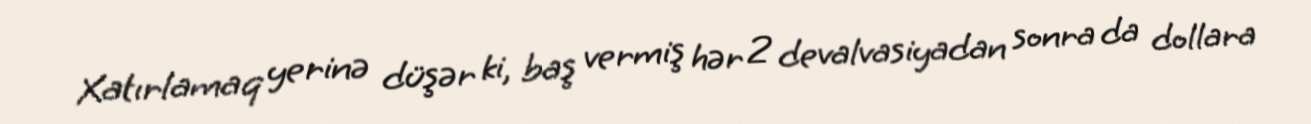
Xatırlamaq yerinə düşər ki, baş vermiş hər 2 devalvasiyadan sonra da dollara